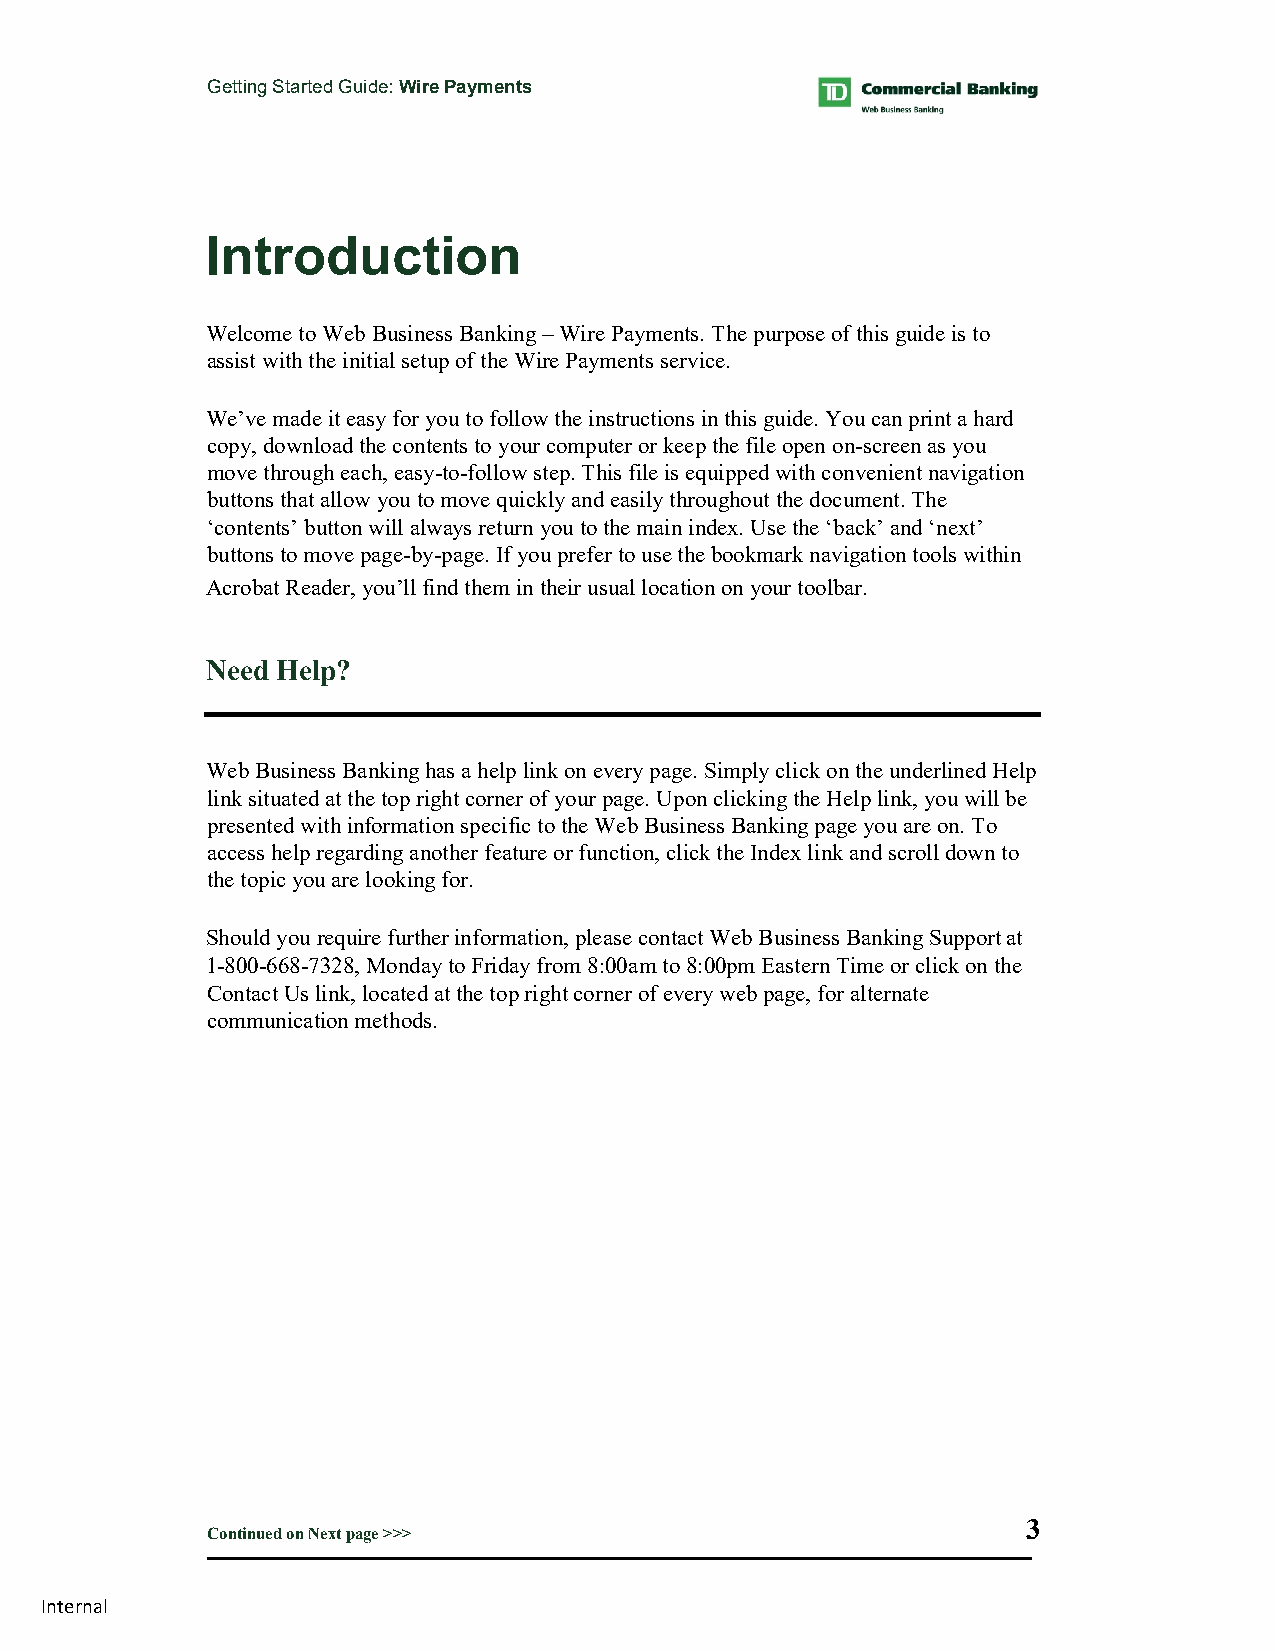
Getting Started Guide: Wire Payments
 Introduction
 Welcome to Web Business Banking – Wire Payments. The purpose of this guide is to
 assist with the initial setup of the Wire Payments service.
 We’ve made it easy for you to follow the instructions in this guide. You can print a hard
 copy, download the contents to your computer or keep the file open on-screen as you
 move through each, easy-to-follow step. This file is equipped with convenient navigation
 buttons that allow you to move quickly and easily throughout the document. The
 ‘contents’ button will always return you to the main index. Use the ‘back’ and ‘next’
 buttons to move page-by-page. If you prefer to use the bookmark navigation tools within
 Acrobat Reader, you’ll find them in their usual location on your toolbar.
 Need Help?
 Web Business Banking has a help link on every page. Simply click on the underlined Help
 link situated at the top right corner of your page. Upon clicking the Help link, you will be
 presented with information specific to the Web Business Banking page you are on. To
 access help regarding another feature or function, click the Index link and scroll down to
 the topic you are looking for.
 Should you require further information, please contact Web Business Banking Support at
 1-800-668-7328, Monday to Friday from 8:00am to 8:00pm Eastern Time or click on the
 Contact Us link, located at the top right corner of every web page, for alternate
 communication methods.
 Back Contents Next
 3
 Continued on Next page >>>
 Internal